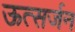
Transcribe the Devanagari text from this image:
ऊत्सर्जन